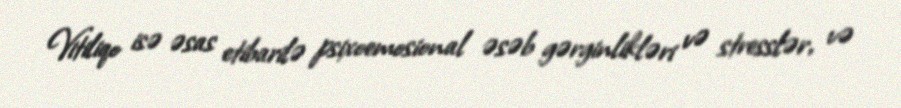
Vitiliqo isə əsas etibarilə psixoemosional əsəb gərginlikləri və stresslər, və